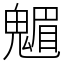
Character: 䰨